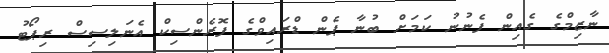
ނާޒިމްގެ ގެއިން ފެނުނު ކަމަށް ބުނާ ޕެން ޑްރައިވްގެ ފޮރެންސިކް އެނަލިސިސް ރިޕޯޓު